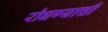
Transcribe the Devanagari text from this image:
रोधण्याची